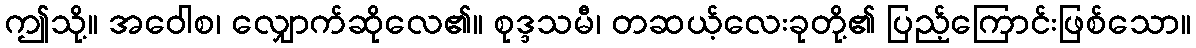
ဤသို့။ အဝေါစ၊ လျှောက်ဆိုလေ၏။ စုဒ္ဒသမီ၊ တဆယ့်လေးခုတို့၏ ပြည့်ကြောင်းဖြစ်သော။